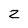
Character: z